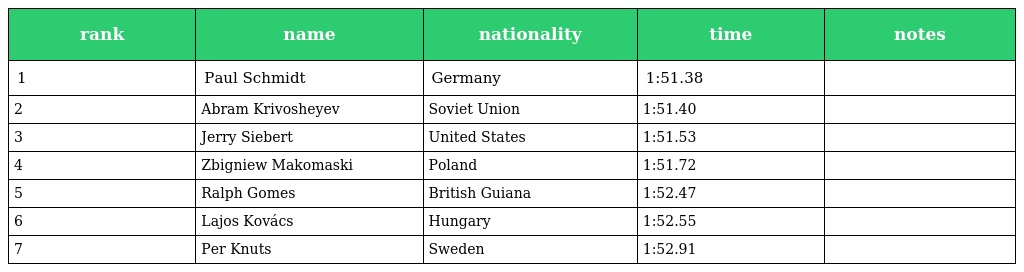
| rank | name | nationality | time | notes |
 | --- | --- | --- | --- | --- |
 | 1 | Paul Schmidt | Germany | 1:51.38 |  |
 | 2 | Abram Krivosheyev | Soviet Union | 1:51.40 |  |
 | 3 | Jerry Siebert | United States | 1:51.53 |  |
 | 4 | Zbigniew Makomaski | Poland | 1:51.72 |  |
 | 5 | Ralph Gomes | British Guiana | 1:52.47 |  |
 | 6 | Lajos Kovács | Hungary | 1:52.55 |  |
 | 7 | Per Knuts | Sweden | 1:52.91 |  |